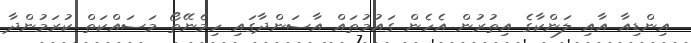
އިންޑިއާ އާއި ލަންކާގެ އިތުރުން އެހެން ގައުމުތައް އާސަންދާގައި ހިމެނޭތޯ މަސައްކަތް ކުރަމުންދާ